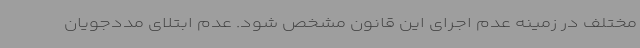
مختلف در زمینه عدم اجرای این قانون مشخص شود. عدم ابتلای مددجویان